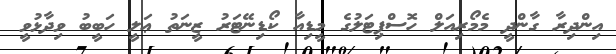
އިންދިރާ ގާންދީ މެމޯރިއަލް ހޮސްޕިޓަލުގެ މީޑިއާ ކޯޑިނޭޓަރު ޒީނަތު ޢަލީ ހަބީބު ވިދާޅުވީ